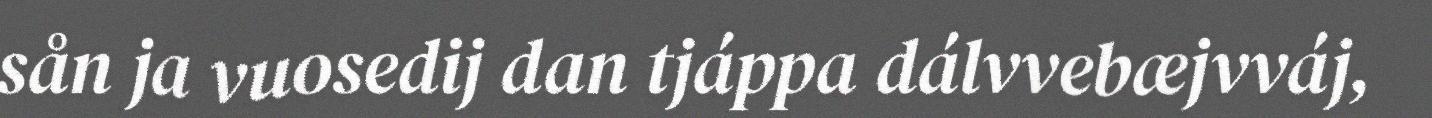
sån ja vuosedij dan tjáppa dálvvebæjvváj,